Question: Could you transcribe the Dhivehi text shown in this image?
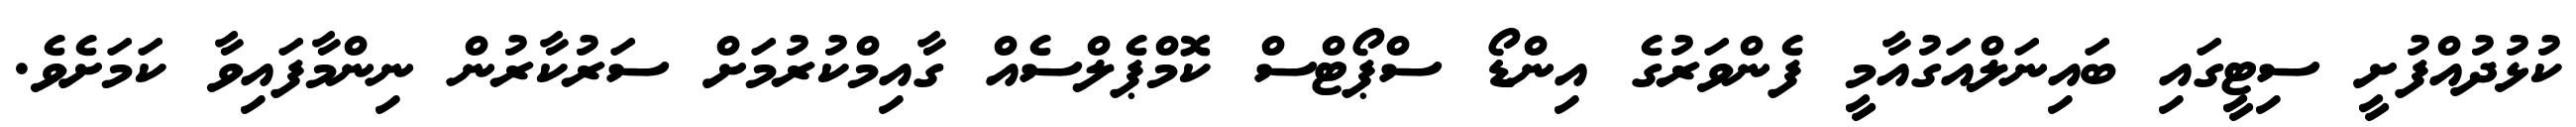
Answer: ކުޅުދުއްފުށީ ސިޓީގައި ބައިނަލްއަގުއާމީ ފެންވަރުގެ އިންޑޯ ސްޕޯޓްސް ކޮމްޕެލްސެއް ގާއިމްކުރުމަށް ސަރުކާރުން ނިންމާފައިވާ ކަމަށެވެ.